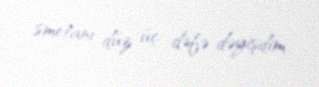
smetanı düz üç dəfə dəyişdim.